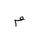
Letter: _mim